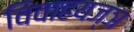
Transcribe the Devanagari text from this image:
विवाहयज्ञ